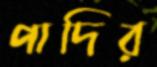
পাদির